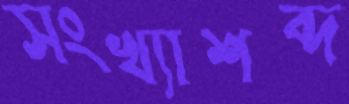
সংখ্যাশব্দ